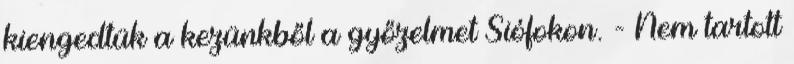
kiengedtük a kezünkből a győzelmet Siófokon. - Nem tartott